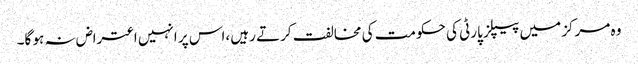
وہ مرکز میں پیپلز پارٹی کی حکومت کی مخالفت کرتے رہیں ،اس پر انہیں اعتراض نہ ہو گا۔